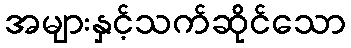
အများနှင့်သက်ဆိုင်သော